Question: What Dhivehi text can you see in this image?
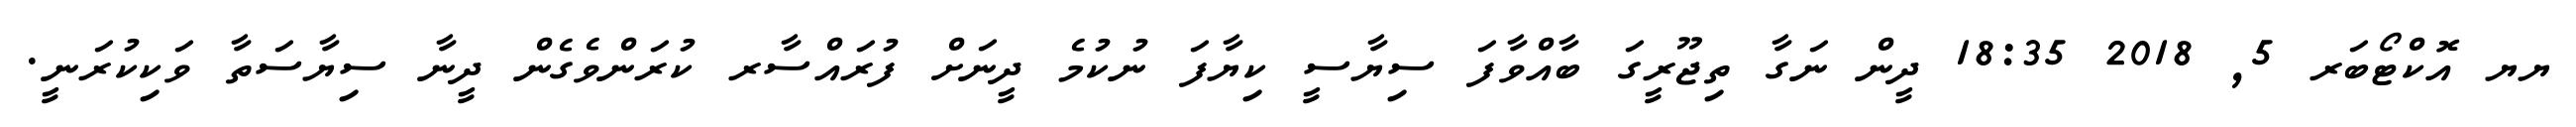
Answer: ޔޔ އޮކްޓޯބަރ 5, 2018 18:35 ދީން ނަގާ ތިޖޫރީގަ ބާއްވާފަ ސިޔާސީ ކިޔާފަ ނުކުމެ ދީނަށް ފުރައްސާރ ކުރަންވެގެން ދީނާ ސިޔާސަތާ ވަކިކުރަނީ.